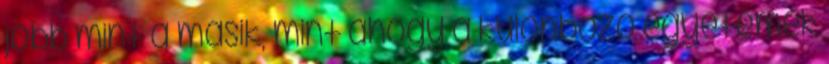
jobb mint a másik, mint ahogy a különböző egyetemek